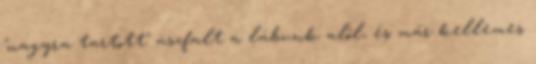
"nagyra tartott" aszfalt a lábunk alól, és már kellemes